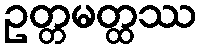
ဥတ္တမတ္ထဿ